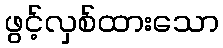
ဖွင့်လှစ်ထားသော